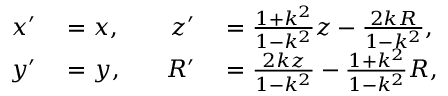
\begin{array} { r l r l } { x ^ { \prime } } & { { } = x , \quad } & { z ^ { \prime } } & { { } = { \frac { 1 + k ^ { 2 } } { 1 - k ^ { 2 } } } z - { \frac { 2 k R } { 1 - k ^ { 2 } } } , } \\ { y ^ { \prime } } & { { } = y , } & { R ^ { \prime } } & { { } = { \frac { 2 k z } { 1 - k ^ { 2 } } } - { \frac { 1 + k ^ { 2 } } { 1 - k ^ { 2 } } } R , } \end{array}